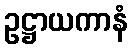
ဥဋ္ဌာယကာနံ